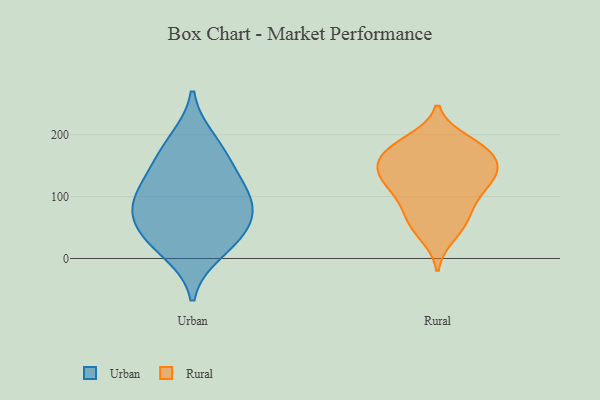
{"axis": {"x": "Revenue (USD Million)", "y": "Value"}, "legend": ["Rural", "Urban"], "data": [{"x": "", "y": 75, "type": "Urban"}, {"x": "", "y": 109, "type": "Urban"}, {"x": "", "y": 75, "type": "Urban"}, {"x": "", "y": 97, "type": "Urban"}, {"x": "", "y": 10, "type": "Urban"}, {"x": "", "y": 164, "type": "Urban"}, {"x": "", "y": 41, "type": "Urban"}, {"x": "", "y": 136, "type": "Urban"}, {"x": "", "y": 192, "type": "Urban"}, {"x": "", "y": 36, "type": "Urban"}, {"x": "", "y": 72, "type": "Rural"}, {"x": "", "y": 176, "type": "Rural"}, {"x": "", "y": 37, "type": "Rural"}, {"x": "", "y": 137, "type": "Rural"}, {"x": "", "y": 190, "type": "Rural"}, {"x": "", "y": 153, "type": "Rural"}, {"x": "", "y": 180, "type": "Rural"}, {"x": "", "y": 131, "type": "Rural"}, {"x": "", "y": 144, "type": "Rural"}, {"x": "", "y": 52, "type": "Rural"}, {"x": "", "y": 110, "type": "Rural"}, {"x": "", "y": 118, "type": "Rural"}, {"x": "", "y": 178, "type": "Rural"}, {"x": "", "y": 70, "type": "Rural"}, {"x": "", "y": 98, "type": "Rural"}, {"x": "", "y": 166, "type": "Rural"}, {"x": "", "y": 137, "type": "Rural"}]}